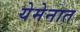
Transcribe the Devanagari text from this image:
येमेनात